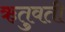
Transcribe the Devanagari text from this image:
ऋतुवती